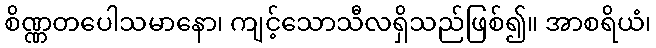
စိဏ္ဏတပေါသမာနော၊ ကျင့်သောသီလရှိသည်ဖြစ်၍။ အာစရိယံ၊